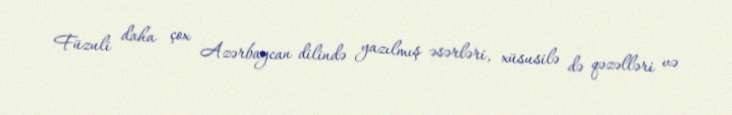
Füzuli daha çox Azərbaycan dilində yazılmış əsərləri, xüsusilə də qəzəlləri və